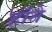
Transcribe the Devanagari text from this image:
हॉते